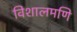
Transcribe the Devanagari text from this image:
विशालमणि